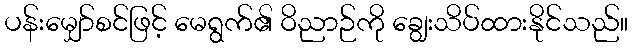
ပန်းမျှော်စင်ဖြင့် မေရွက်၏ ဝိညာဉ်ကို ချွေးသိပ်ထားနိုင်သည်။